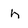
Character: h